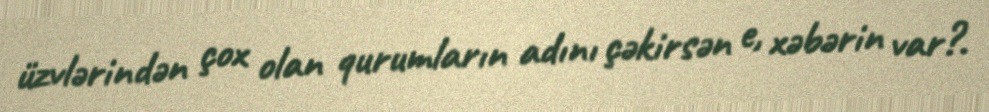
üzvlərindən çox olan qurumların adını çəkirsən e, xəbərin var?.